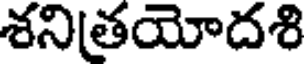
శనితయోదశి